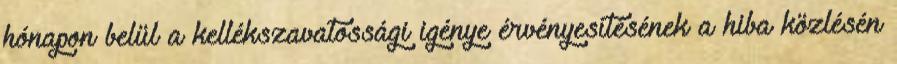
hónapon belül a kellékszavatossági igénye érvényesítésének a hiba közlésén